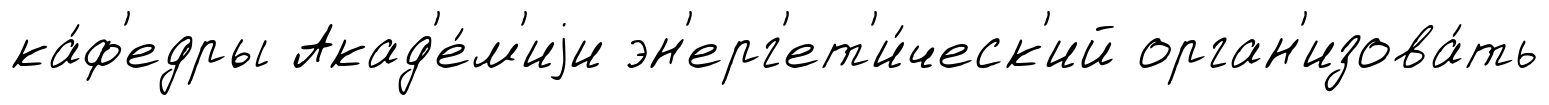
ка́ф'едры Акад'е́м'иjи эн'ерг'ет'и́ческ'ий орган'изова́ть